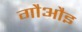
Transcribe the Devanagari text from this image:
गौऔइ